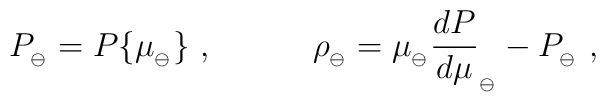
P_{_\ominus}=P\{\mu_{_\ominus}\} \ ,\qquad\quad \rho_{_\ominus}=\mu_{_\ominus}{dP\over d\mu}_{_\ominus}-P_{_\ominus} \ ,